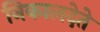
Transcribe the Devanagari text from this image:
निकालदेते